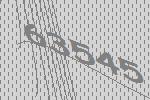
63545